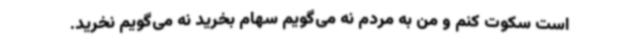
است سکوت کنم و من به مردم نه می‌گویم سهام بخرید نه می‌گویم نخرید.